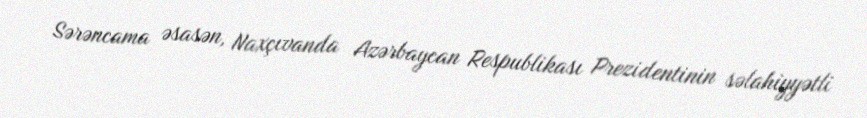
Sərəncama əsasən, Naxçıvanda Azərbaycan Respublikası Prezidentinin səlahiyyətli